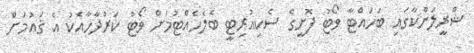
ޝްރީލަންކާގައި ބަހައްޓާ ވޯޓު ފޮށީގެ ސެކިއުރިޓީ ބެލެހެއްޓުމަށް ވޯޓު ކަރުދާހާއެކު އެ ޤައުމަށް